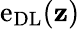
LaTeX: \mathrm{e}_{\mathrm{{DL}}}(\mathbf{{z}})